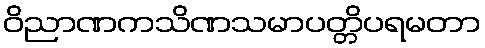
ဝိညာဏကသိဏသမာပတ္တိပရမတာ